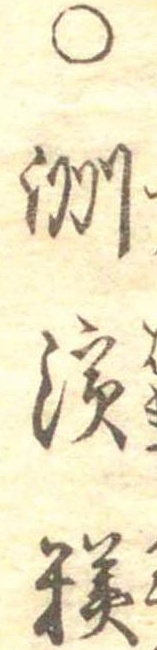
○洲浜糕